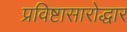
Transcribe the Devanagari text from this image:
प्रविष्टासारोद्धार